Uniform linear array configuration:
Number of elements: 48
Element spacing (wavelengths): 0.75
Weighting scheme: blackman
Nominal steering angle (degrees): -30
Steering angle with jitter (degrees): -31.557
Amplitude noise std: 0.05
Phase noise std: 0.05

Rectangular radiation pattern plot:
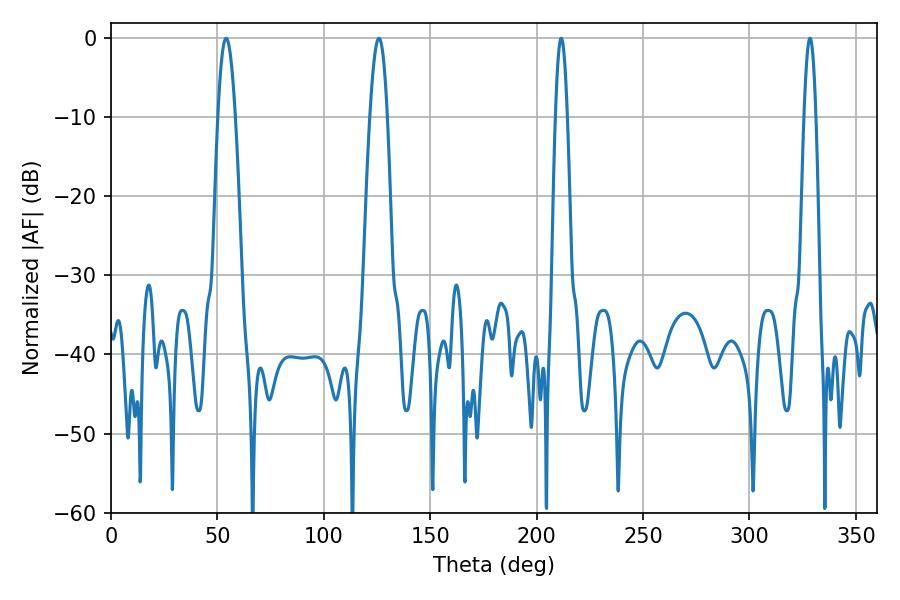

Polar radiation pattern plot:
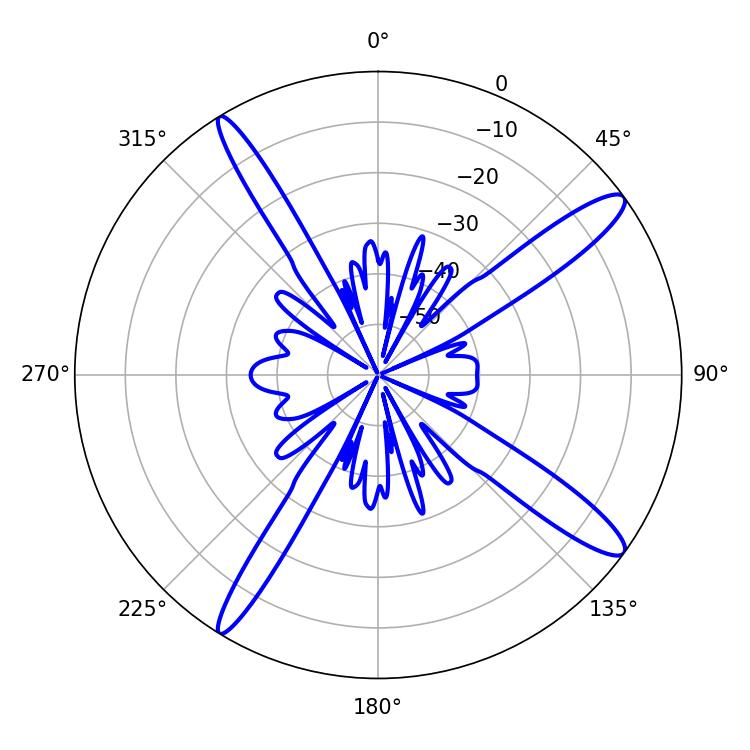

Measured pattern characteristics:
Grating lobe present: TRUE
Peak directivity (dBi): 14.146
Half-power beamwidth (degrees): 3.06
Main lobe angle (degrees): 211.5